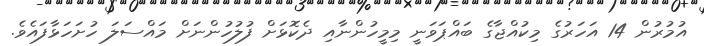
އުމުރުން 14 އަހަރުގެ މިކުއްޖާގެ ބައްޕަވަނީ މިމީހުންނާއި ދެކޮޅަށް ފުލުހުންނަށް މައްސަލަ ހުށަހަޅާފައެވެ.